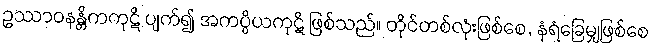
ဥဿာဝနန္တိကကုဋိ ပျက်၍ အကပ္ပိယကုဋိ ဖြစ်သည်။ တိုင်တစ်လုံးဖြစ်စေ, နံရံခြေမျှဖြစ်စေ